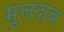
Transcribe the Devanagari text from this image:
मूलदाब